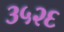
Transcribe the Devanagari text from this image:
३५२६